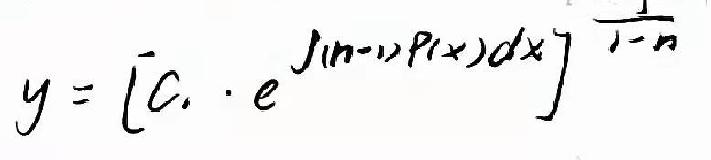
\[ y = \left[ C_1\cdot e^{\int(n - 1)P(x)dx} \right]^{\frac{1}{1 - n}} \]